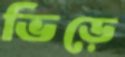
ভিড়ে